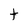
Character: t